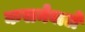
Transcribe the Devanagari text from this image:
कसनेवाले